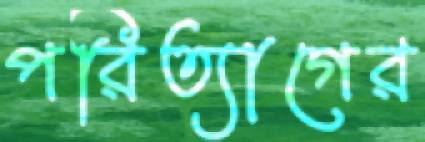
পরিত্যাগের